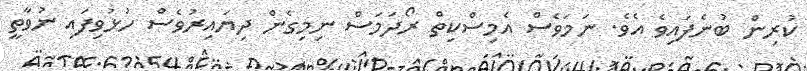
ކުރިން ބުނެފައިވެ އެވެ. ނަމަވެސް އެމިސްކިތް ރޯދަމަސް ނިމިގެން ދިޔައިރުވެސް ހުޅުވިފައި ނުވާތީ